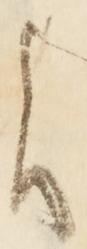
に